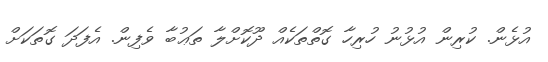
އުޅެން. ކުރިން އުޅުނު ހުރިހާ ގޮތްތަކެއް ދޫކޮށްލާ ތަޢުބާ ވެފިން. އެފަދަ ގޮތަކަށް